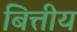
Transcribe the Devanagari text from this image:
बित्तीय